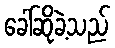
ခေါ်ဆိုခဲ့သည်